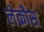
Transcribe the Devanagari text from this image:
लेक्रौस